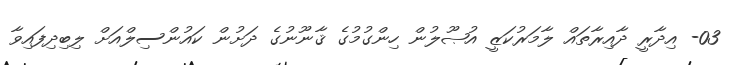
03- އިދާރީ ދާއިރާތައް ލާމަރުކަޒީ އުޞޫލުން ހިންގުމުގެ ޤާނޫނުގެ ދަށުން ކައުންސިލްއަށް ލިބިދިފައިވާ